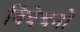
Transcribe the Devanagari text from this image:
विवेचनो